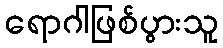
ရောဂါဖြစ်ပွားသူ